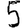
Digit: 5